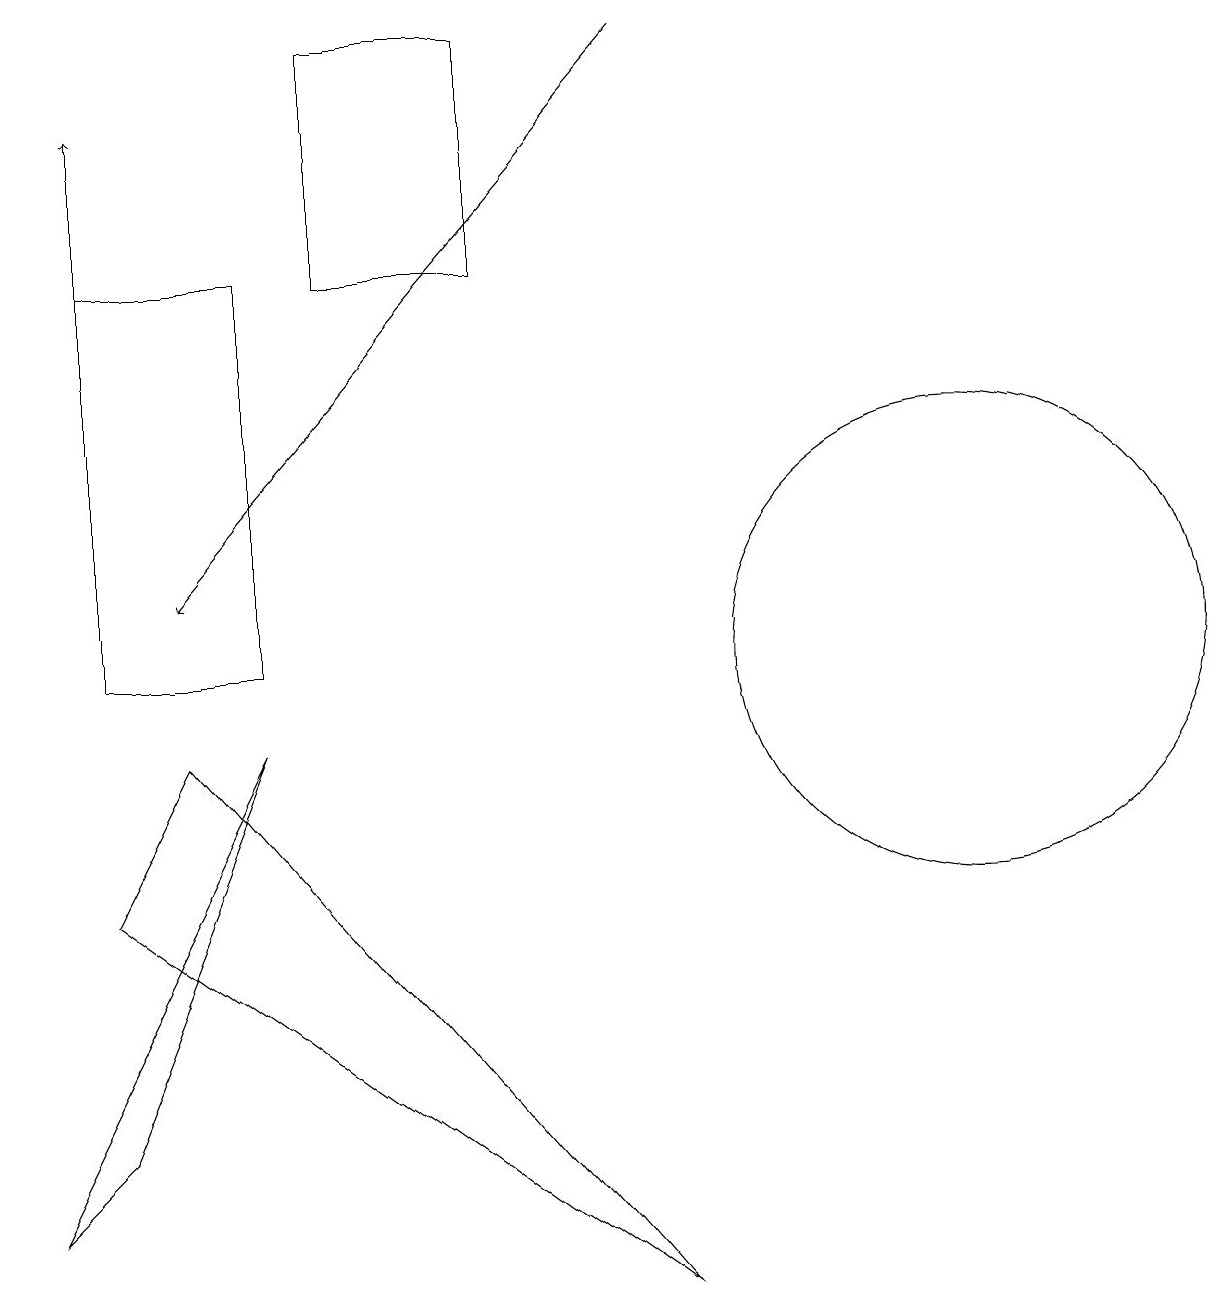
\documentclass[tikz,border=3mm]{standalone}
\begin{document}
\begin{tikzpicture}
\draw (12,10) circle (3);
\draw (2,9) -- (8,2) -- (1,7) -- cycle;
\draw (3,9) -- (1,4) -- (0,3) -- cycle;
\draw[->] (8,18) -- (2,11);
\draw (1,15) rectangle (3,10);
\draw[->] (1,14) -- (1,17);
\draw (4,18) rectangle (6,15);
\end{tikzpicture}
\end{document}